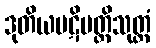
ဒုတိယပဋိပတ္တိသုတ္တံ